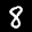
Label: 8